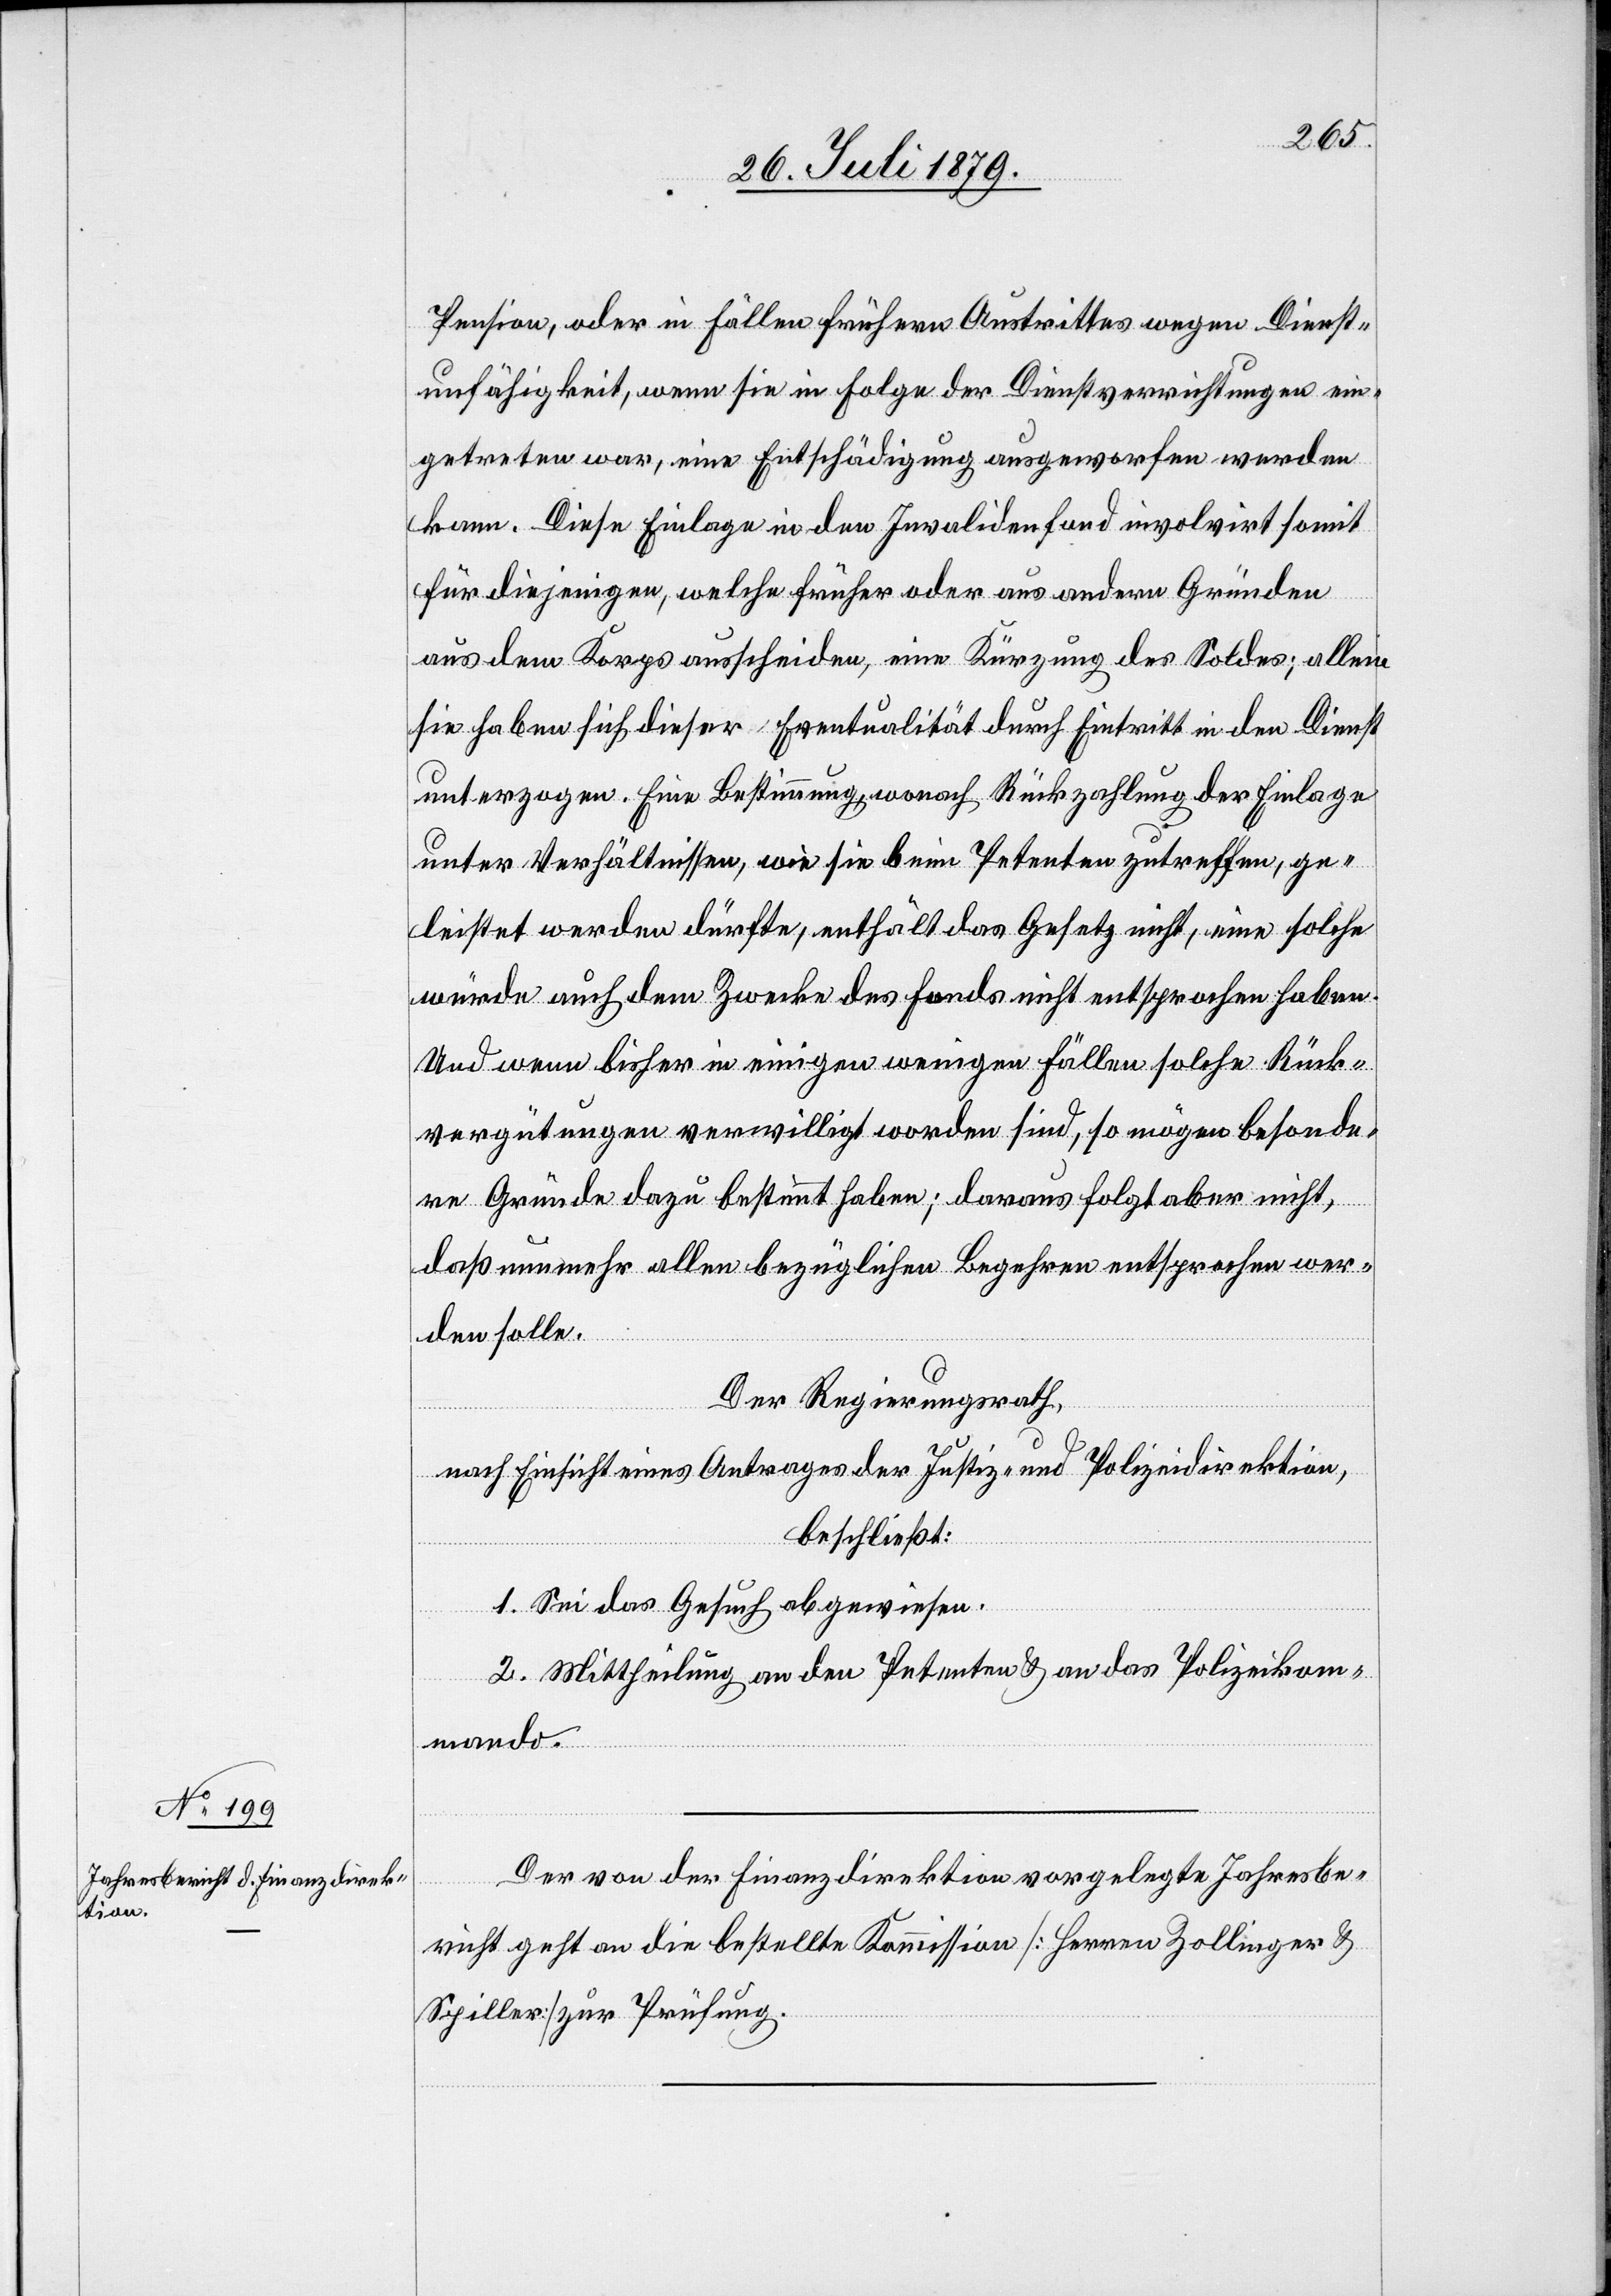
Pension, oder in Fällen frühern Austrittes wegen Dienst¬
unfähigkeit, wenn sie in Folge der Dienstverrichtungen ein¬
getreten war, eine Entschädigung ausgeworfen werden
kann. Diese Einlage in den Invalidenfond involvirt somit
für diejenigen, welche früher oder aus andern Gründen
aus dem Korps ausscheiden, eine Kürzung des Soldes; allein
sie haben sich dieser Eventualität durch Eintritt in den Dienst
unterzogen. Eine Bestimmung, wonach Rückzahlung der Einlage
unter Verhältnissen, wie sie beim Petenten zutreffen, ge¬
leistet werden dürfte, enthält das Gesetz nicht, eine solche
würde auch dem Zwecke des Fonds nicht entsprochen haben.
Und wenn bisher in einigen wenigen Fällen solche Rück¬
vergütungen verwilligt worden sind, so mögen besonde¬
re Gründe dazu bestimmt haben; daraus folgt aber nicht,
daß nunmehr allen bezüglichen Begehren entsprechen wer¬
den solle.
Der Regierungsrath,
nach Einsicht eines Antrages der Justiz- & Polizeidirektion,
beschließt:
1. Sei das Gesuch abgewiesen.
2. Mittheilung an den Petenten & an das Polizeikom¬
mando.
Der von der Finanzdirektion vorgelegte Jahresbe¬
richt geht an die bestellte Kommission [Herren Zollinger &
Spiller] zur Prüfung.